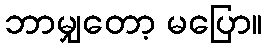
ဘာမျှတော့ မပြော။